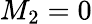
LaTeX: M_{2}=0